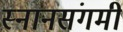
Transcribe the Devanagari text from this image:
स्नानसंगमी